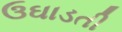
ઉઘાડતી